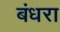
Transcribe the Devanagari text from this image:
बंधरा